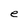
Character: e